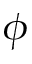
\phi